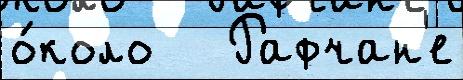
о́коло   Рафчан'е